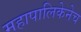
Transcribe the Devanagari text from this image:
महापालिकेनेच